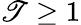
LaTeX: \mathscr{T}\geq1